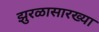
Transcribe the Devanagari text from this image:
झुरळासारख्या